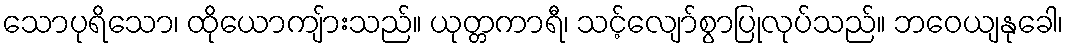
သောပုရိသော၊ ထိုယောကျ်ားသည်။ ယုတ္တကာရီ၊ သင့်လျော်စွာပြုလုပ်သည်။ ဘဝေယျနုခေါ၊